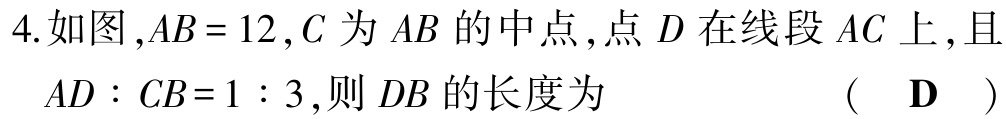
4. 如图，\(AB = 12\)，\(C\)为\(AB\)的中点，点\(D\)在线段\(AC\)上，且

\(AD:CB = 1:3\)，则\(DB\)的长度为 （ \(\mathbf{D}\) ）